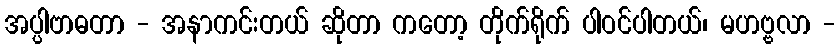
အပ္ပါဗာဓတာ - အနာကင်းတယ် ဆိုတာ ကတော့ တိုက်ရိုက် ပါဝင်ပါတယ်၊ မဟဗ္ဗလာ -